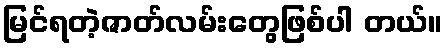
မြင်ရတဲ့ဇာတ်လမ်းတွေဖြစ်ပါ တယ်။